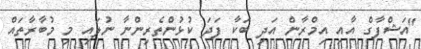
"އަޝްފާގް އާއި އިމްރާން އަދި ބަކާ ފަދަ ކުޅުންތެރިންނާ ނުލައި މި މުބާރާތައް